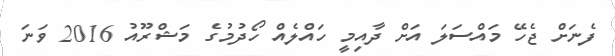
ފެނަށް ޖެހޭ މައްސަލަ އަށް ދާއިމީ ހައްލެއް ހޯދުމުގެ މަޝްރޫއު 2016 ވަނަ